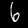
Digit: 6